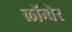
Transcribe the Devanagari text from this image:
लॉन्चेर